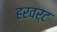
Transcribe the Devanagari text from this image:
हरवर्ट